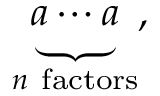
\underbrace { a \cdots a } _ { n { \mathrm { ~ f a c t o r s } } } ,